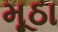
મૂઠા